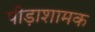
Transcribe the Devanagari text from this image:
पीड़ाशामक